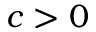
c > 0